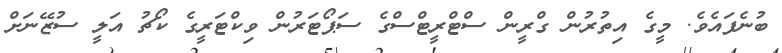
ބުނެފައެވެ. މީގެ އިތުރުން ގްރީން ސްޓްރީޓްސްގެ ސަޕޯޓަރުން ވިކްޓަރީގެ ކޯޗު އަލީ ސުޒޭނަށް